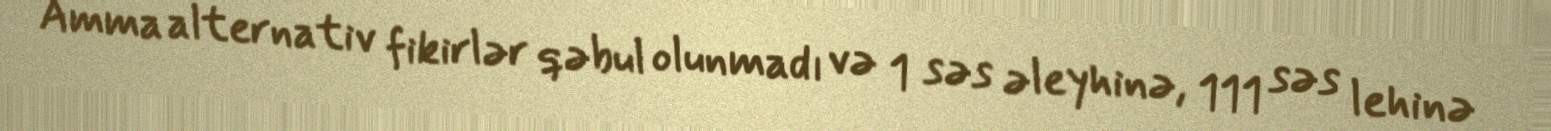
Amma alternativ fikirlər qəbul olunmadı və 1 səs əleyhinə, 111 səs lehinə